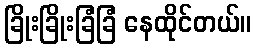
ခြိုးခြိုးခြံခြံ နေထိုင်တယ်။